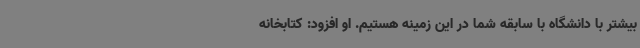
بیشتر با دانشگاه با سابقه شما در این زمینه هستیم. او افزود: کتابخانه